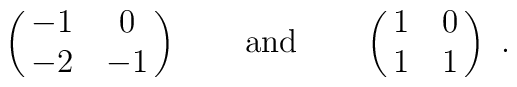
\pmatrix{-1 & 0\cr -2&-1\cr} \qquad\mbox{and}\qquad\pmatrix{1 & 0\cr 1&1\cr}\ .